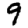
Digit: 9